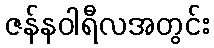
ဇန်နဝါရီလအတွင်း